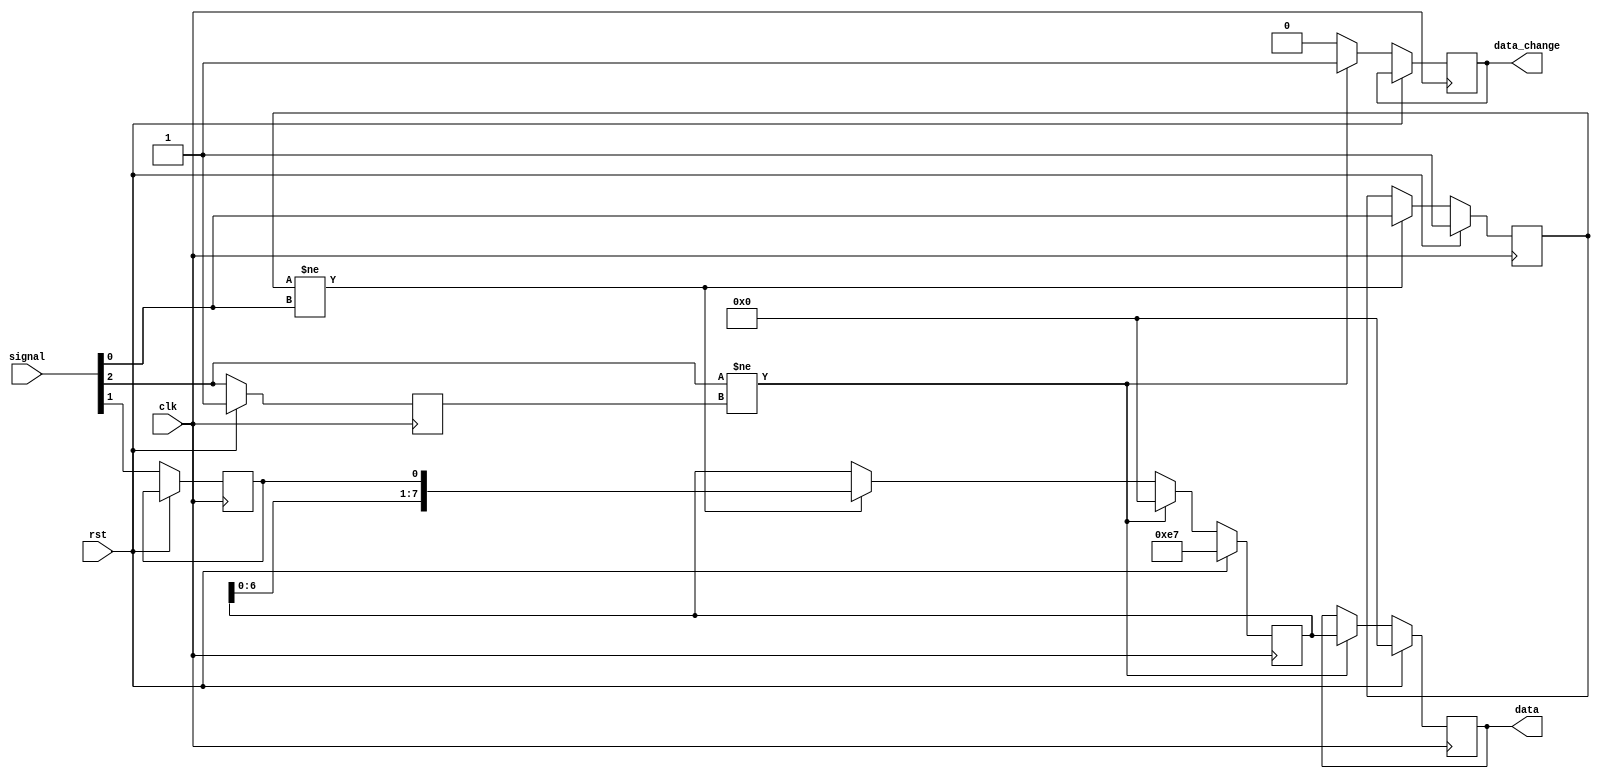
`timescale 1ns / 1ps
module RL_Reader(
    input [2:0] signal,
    input clk,
    input rst,
    output reg [7:0] data,
    output reg data_change
    );

reg [7:0] buffer;
reg buffer_buffer;
reg prev_sig0, prev_sig2;

always@ (posedge clk) begin
    if(rst) begin
        buffer <= {6'd57, 2'b11};
        data <= 8'd0;
        prev_sig0 <= 1'b1;
        prev_sig2 <= 1'b1;
    end
    else begin
        prev_sig0 <= signal[0];
        prev_sig2 <= signal[2];
        buffer_buffer <= signal[1]; // the previous read-in value          
        if(prev_sig0 != signal[0]) 
            buffer <= {buffer[6:0], buffer_buffer};
        else prev_sig0 <= prev_sig0;
        
        if (signal[2] != prev_sig2) begin
                data <= buffer;
                buffer <= 8'd0;
                data_change <= 1'b1;
        end
        else data_change <= 1'b0;
    end
end


endmodule